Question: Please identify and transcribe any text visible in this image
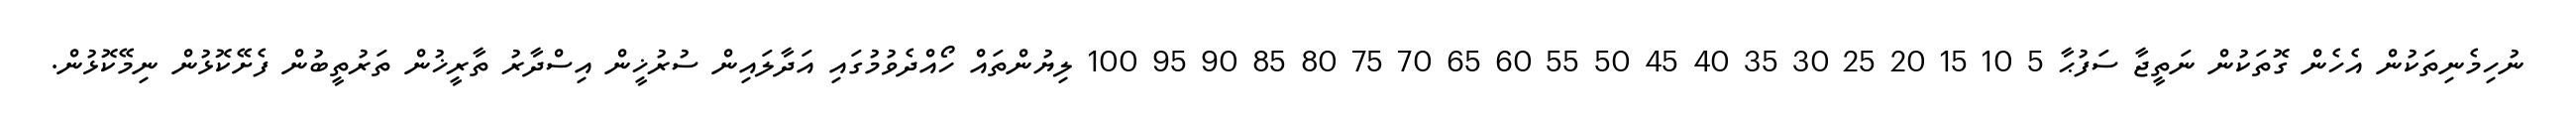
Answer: ނުހިމެނިތަކުން އެހެން ގޮތަކުން ނަތީޖާ ސަފުޙާ 5 10 15 20 25 30 35 40 45 50 55 60 65 70 75 80 85 90 95 100 ލިޔުންތައް ހޯއްދެވުމުގައި އަދާލައިން ސުރުޚީން އިސްދާރު ތާރީޚުން ތަރުތީބުން ފެށޭކޮޅުން ނިމޭކޮޅުން.